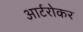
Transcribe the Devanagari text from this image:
आर्टरोकर